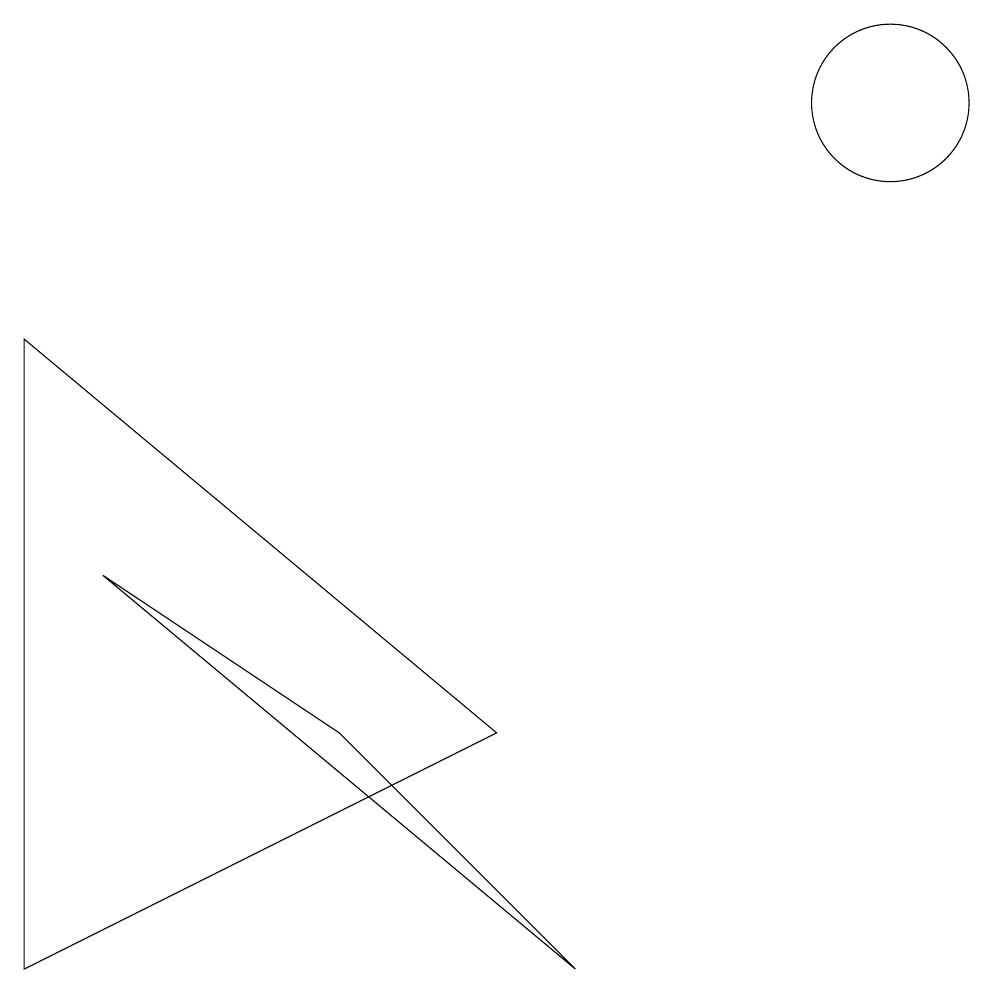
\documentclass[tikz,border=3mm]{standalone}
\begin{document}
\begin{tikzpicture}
\draw (11,12) circle (1);
\draw (1,6) -- (7,1) -- (4,4) -- cycle;
\draw (0,9) -- (0,1) -- (6,4) -- cycle;
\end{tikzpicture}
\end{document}